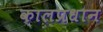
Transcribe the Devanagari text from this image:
कालप्रधान